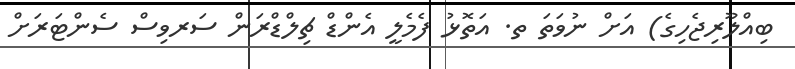
ބިއްލޫރިޖެހިގެ) އަށް ނުވަތަ ތ. އަތޮޅު ފެމެލީ އެންޑް ޗިލްޑްރަން ސަރވިސް ސެންޓަރަށް